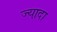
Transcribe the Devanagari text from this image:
ज्या़दा